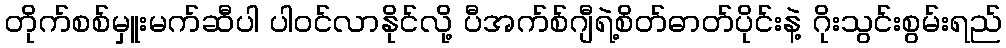
တိုက်စစ်မှူးမက်ဆီပါ ပါဝင်လာနိုင်လို့ ပီအက်စ်ဂျီရဲ့စိတ်ဓာတ်ပိုင်းနဲ့ ဂိုးသွင်းစွမ်းရည်